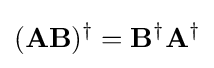
(\mathbf {AB} )^{\dagger }=\mathbf {B} ^{\dagger }\mathbf {A} ^{\dagger }